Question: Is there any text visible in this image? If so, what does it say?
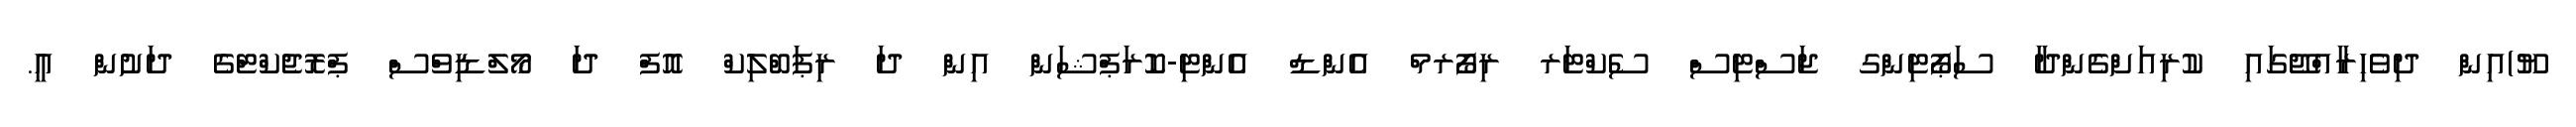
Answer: ޔޫ)އިން ދިވެހިރާއްޖޭގައި ކުރިއަށްގެންދާ ސަޕޯޓިންގ ޖަސްޓިސް ސެކްޓަރ ރިފޯރމް އެންޑް އެންޓި-ކޮރަޕްޝަން އިން ދަ ރިޕަބްލިކް އޮފް ދަ މޯލްޑިވްސް ޕްރޮޖެކްޓްގެ ދަށުން އީ.